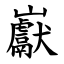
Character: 巚